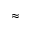
\approx